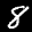
Label: 8